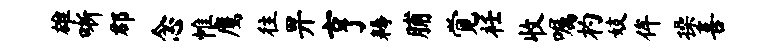
雄晰郡念帷鹰往畀亨耨脯觉衽收嘱杓妓侔操喜